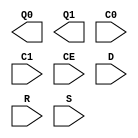
// $Header: /devl/xcs/repo/env/Databases/CAEInterfaces/verplex_libs/data/simprims/Attic/X_IDDR2.v,v 1.1.2.1 2004/09/28 20:47:46 wloo Exp $

`timescale  1 ps / 1 ps

module X_IDDR2 (Q0, Q1, C0, C1, CE, D, R, S);

    output Q0;
    output Q1;
    input C0;
    input C1;
    input CE;
    input D;
    input R;
    input S;
    parameter DDR_ALIGNMENT = "NONE";
    parameter INIT_Q0 = 1'b0;
    parameter INIT_Q1 = 1'b0;
    parameter SRTYPE = "SYNC";

endmodule // X_IDDR2